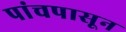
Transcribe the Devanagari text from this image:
पांचपासून